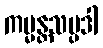
ကမ္မန္တသမ္ပဒါ